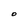
Character: O